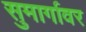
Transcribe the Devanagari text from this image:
सुमार्गावर